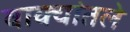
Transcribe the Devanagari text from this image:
वाक्यांतले